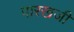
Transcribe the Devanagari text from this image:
पारखजी